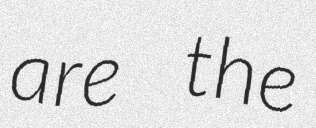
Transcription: are the